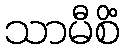
သာမီစိံ